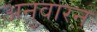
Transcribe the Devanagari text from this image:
अनुवारन